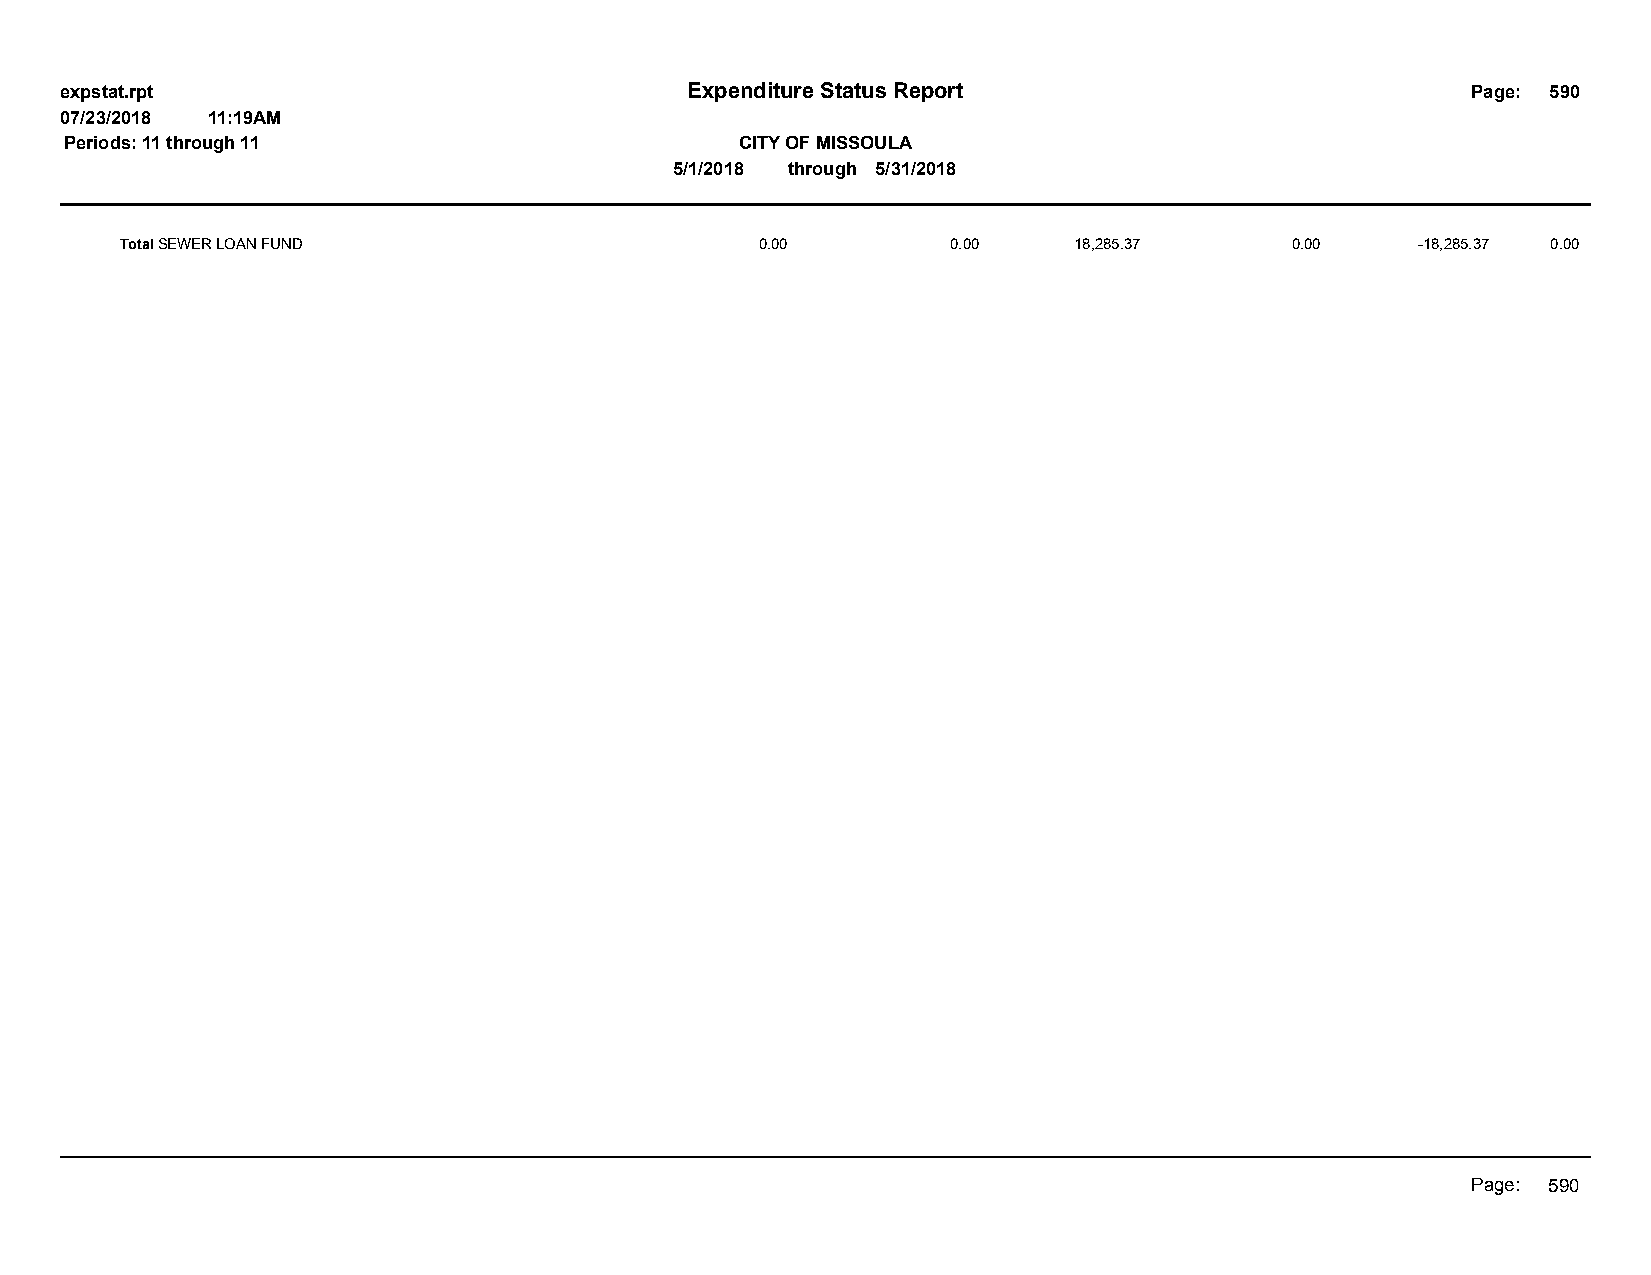
expstat.rpt                              Expenditure Status Report                           Page: 590
 07/23/2018 11:19AM
 Periods: 11 through 11                       CITY OF MISSOULA
 5/1/2018 through 5/31/2018
 Total SEWER LOAN FUND                     0.00         0.00    18,285.37     0.00     -18,285.37 0.00
 Page: 590